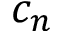
c _ { n }